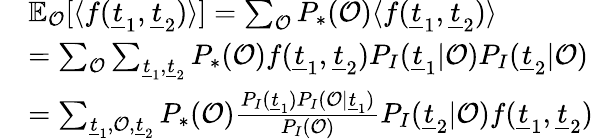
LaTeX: \begin{array}{r}{\begin{array}{rl}&{\mathbb{E}_{\mathcal{O}}[\langle f(\underline{{t}}_{1},\underline{{t}}_{2})\rangle]=\sum_{\mathcal{O}}P_{*}(\mathcal{O})\langle f(\underline{{t}}_{1},\underline{{t}}_{2})\rangle}\\ &{=\sum_{\mathcal{O}}\sum_{\underline{{t}}_{1},\underline{{t}}_{2}}P_{*}(\mathcal{O})f(\underline{{t}}_{1},\underline{{t}}_{2})P_{I}(\underline{{t}}_{1}|\mathcal{O})P_{I}(\underline{{t}}_{2}|\mathcal{O})}\\ &{=\sum_{\underline{{t}}_{1},\mathcal{O},\underline{{t}}_{2}}P_{*}(\mathcal{O})\frac{P_{I}(\underline{{t}}_{1})P_{I}(\mathcal{O}|\underline{{t}}_{1})}{P_{I}(\mathcal{O})}P_{I}(\underline{{t}}_{2}|\mathcal{O})f(\underline{{t}}_{1},\underline{{t}}_{2})}\end{array}}\end{array}